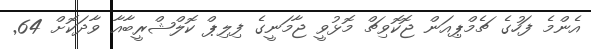
އެންމެ ފަހުގެ ޗެމްޕިއަން ޖޮކޮވިޗް މޮޅުވީ ޖާމަނީގެ ފިލިޕް ކޮލްޝްރީބާއާ ވާދަކޮށް 64